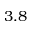
3 . 8